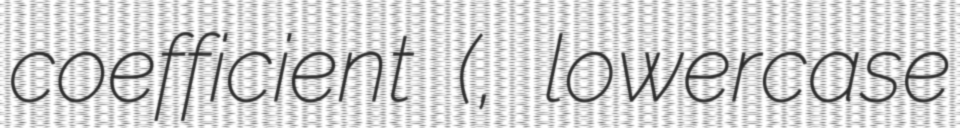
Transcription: coefficient (κ, lowercase